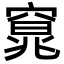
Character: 𮄍